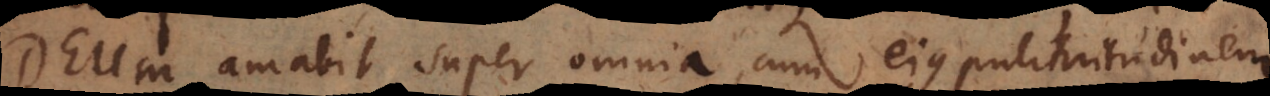
Deum amabit super omnia, cum ejus pulchritudinem